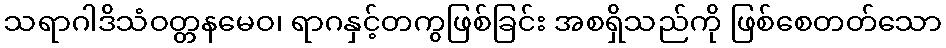
သရာဂါဒိသံဝတ္တနမေဝ၊ ရာဂနှင့်တကွဖြစ်ခြင်း အစရှိသည်ကို ဖြစ်စေတတ်သော